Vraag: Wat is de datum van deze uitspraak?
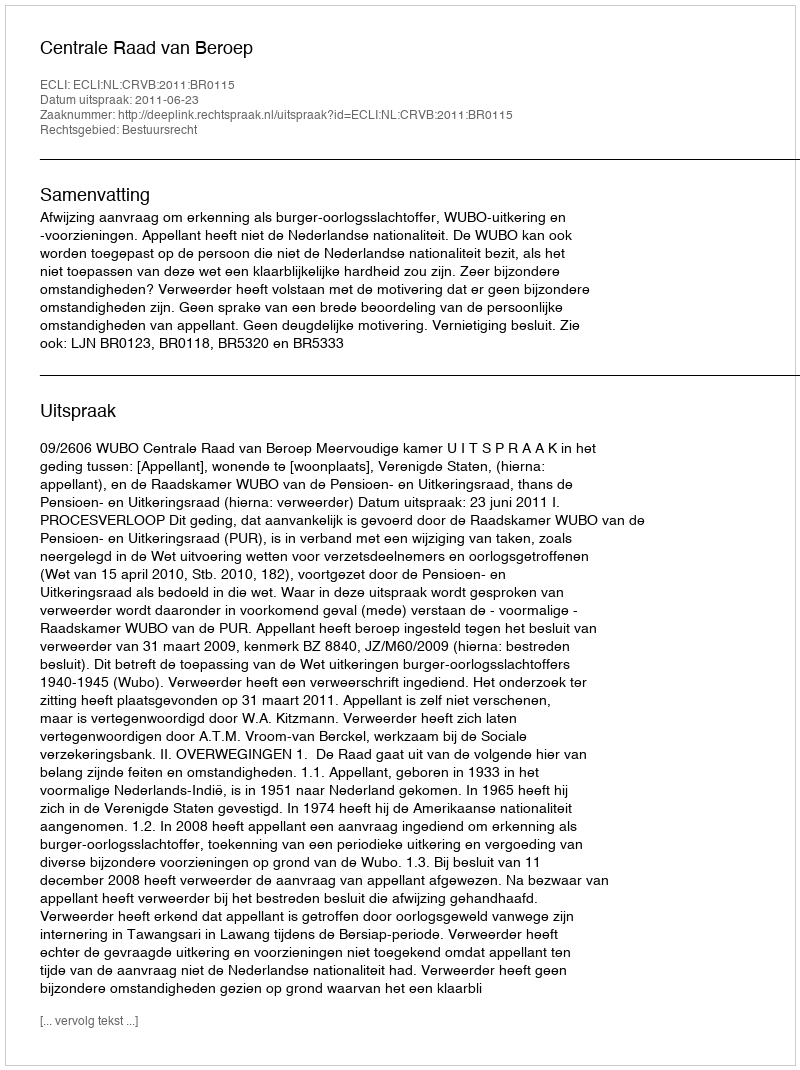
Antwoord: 2011-06-23